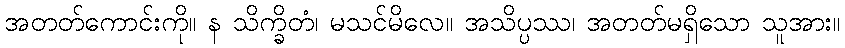
အတတ်ကောင်းကို။ န သိက္ခိတံ၊ မသင်မိလေ။ အသိပ္ပဿ၊ အတတ်မရှိသော သူအား။